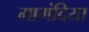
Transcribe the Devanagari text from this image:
मागंदिया